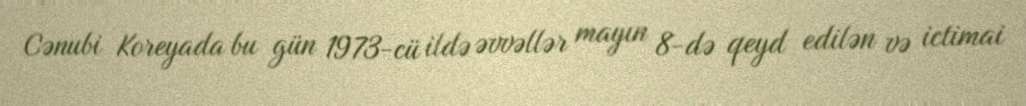
Cənubi Koreyada bu gün 1973-cü ildə əvvəllər mayın 8-də qeyd edilən və ictimai